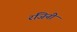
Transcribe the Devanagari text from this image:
रंजिनी